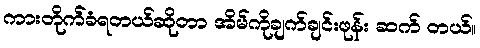
ကားတိုက်ခံရတယ်ဆိုတာ အိမ်ကိုချက်ချင်းဖုန်း ဆက် တယ်။